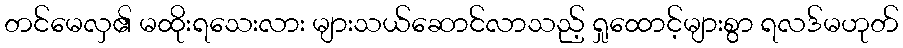
တင်မေလှ၏ မထိုးရသေးလား များသယ်ဆောင်လာသည့် ရှုထောင့်များစွာ ရလဒ်မဟုတ်